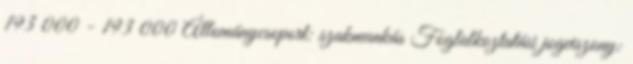
193 000 - 193 000 Állománycsoport: szakmunkás Foglalkoztatási jogviszony: